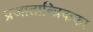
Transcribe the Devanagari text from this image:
प्रजातान्त्रिकका